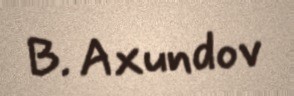
B. Axundov